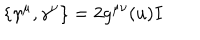
\left\{ \gamma ^ { \mu } , \gamma ^ { \nu } \right\} = 2 g ^ { \mu \nu } ( u ) I